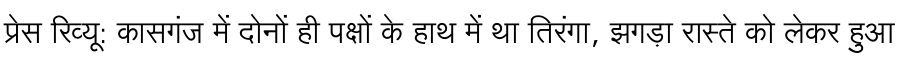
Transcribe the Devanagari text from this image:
प्रेस रिव्यू: कासगंज में दोनों ही पक्षों के हाथ में था तिरंगा, झगड़ा रास्ते को लेकर हुआ